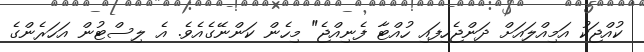
ކުއްޖަކު އަމިއްލައަށް ދަންޖެހިފައި ހުއްޓާ ފެނިއްޖެ" މިހެން ކަންނޭގެއެވެ. އެ ލިސްޓުން އަހަރެންގެ